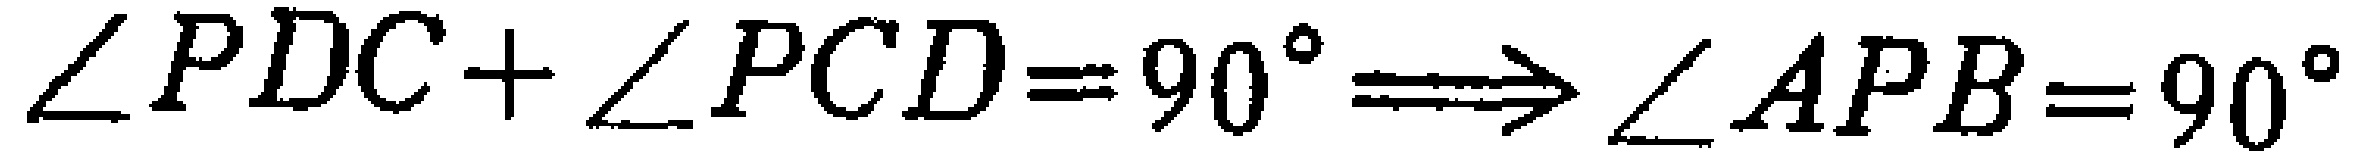
$\angle PDC+\angle PCD=90^{\circ}\Longrightarrow\angle APB = 90^{\circ}$